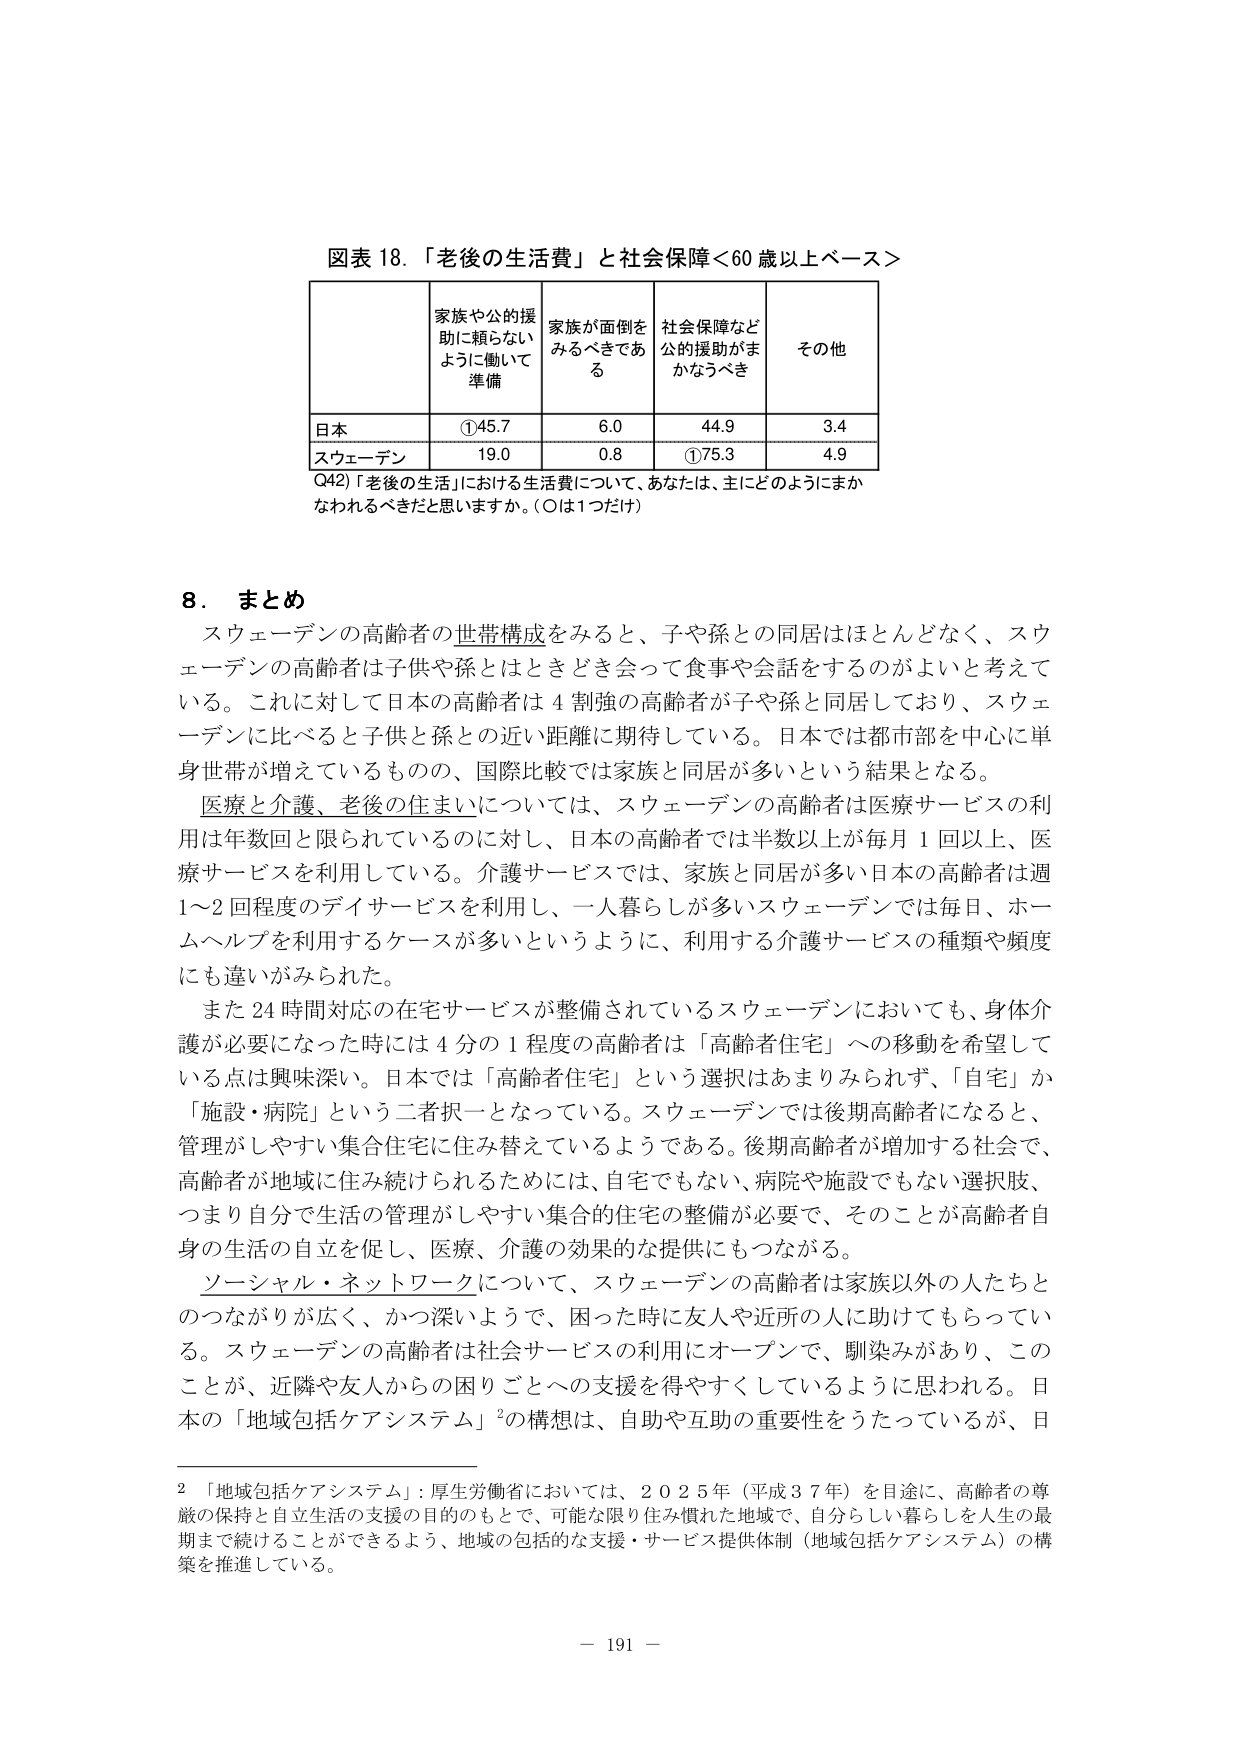
図表 18. 「老後の生活費」と社会保障＜60 歳以上ベース＞

| | 家族や公的援助に頼らないように働いて準備 | 家族が面倒をみるべきである | 社会保障など公的援助がまかなうべき | その他 |
|---|---|---|---|---|
| 日本 | ①45.7 | 6.0 | 44.9 | 3.4 |
| スウェーデン | 19.0 | 0.8 | ①75.3 | 4.9 |

Q42）「老後の生活」における生活費について、あなたは、主にどのようにまかなわれるべきだと思いますか。（○は1つだけ）

8. まとめ

スウェーデンの高齢者の世帯構成をみると、子や孫との同居はほとんどなく、スウェーデンの高齢者は子供や孫とはときどき会って食事や会話をするのがよいと考えている。これに対して日本の高齢者は4割強の高齢者が子や孫と同居しており、スウェーデンに比べると子供と孫との近い距離に期待している。日本では都市部を中心に単身世帯が増えているものの、国際比較では家族と同居が多いという結果となる。

医療と介護、老後の住まいについては、スウェーデンの高齢者は医療サービスの利用は年数回と限られているのに対し、日本の高齢者では半数以上が毎月1回以上、医療サービスを利用している。介護サービスでは、家族と同居が多い日本の高齢者は週1～2回程度のデイサービスを利用し、一人暮らしが多いスウェーデンでは毎日、ホームヘルプを利用するケースが多いというように、利用する介護サービスの種類や頻度にも違いがみられた。

また24時間対応の在宅サービスが整備されているスウェーデンにおいても、身体介護が必要になった時には4分の1程度の高齢者は「高齢者住宅」への移動を希望している点は興味深い。日本では「高齢者住宅」という選択はあまりみられず、「自宅」か「施設・病院」という二者択一となっている。スウェーデンでは後期高齢者になると、管理がしやすい集合住宅に住み替えているようである。後期高齢者が増加する社会で、高齢者が地域に住み続けられるためには、自宅でもない、病院や施設でもない選択肢、つまり自分で生活の管理がしやすい集合の住宅の整備が必要で、そのことが高齢者自身の生活の自立を促し、医療、介護の効果的な提供にもつながる。

ソーシャル・ネットワークについて、スウェーデンの高齢者は家族以外の人たちとのつながりが広く、かつ深いようで、困った時に友人や近所の人に助けてもらっている。スウェーデンの高齢者は社会サービスの利用にオープンで、馴染みがあり、このことが、近隣や友人からの困りごとへの支援を得やすくしているように思われる。日本の「地域包括ケアシステム」²の構想は、自助や互助の重要性をうたっているが、日

² 「地域包括ケアシステム」：厚生労働省においては、2025年（平成37年）を目途に、高齢者の尊厳の保持と自立生活の支援の目的のもとで、可能な限り住み慣れた地域で、自分らしい暮らしを人生の最期まで続けることができるよう、地域の包括的な支援・サービス提供体制（地域包括ケアシステム）の構築を推進している。

— 191 —